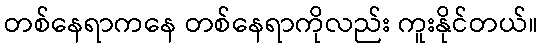
တစ်နေရာကနေ တစ်နေရာကိုလည်း ကူးနိုင်တယ်။